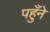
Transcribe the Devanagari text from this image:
पहुँने